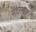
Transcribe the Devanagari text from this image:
नदरंसामनी